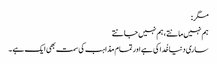
مگر:
ہم نہیں مانتے ، ہم نہیں جانتے
ساری دنیا خُدا کی ہے اور تمام مذاہب کی سمت بھی ایک ہے ۔